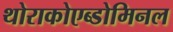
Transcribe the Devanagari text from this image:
थोराकोएब्डोमिनल